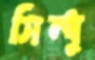
সিন্ধু